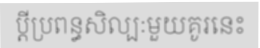
ប្តីប្រពន្ធសិល្បៈមួយគូរនេះ